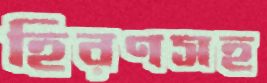
হিরণসহ